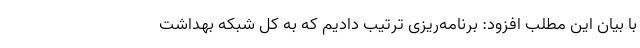
با بیان این مطلب افزود: برنامه‌ریزی ترتیب دادیم که به کل شبکه بهداشت